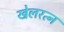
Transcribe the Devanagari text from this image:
खेलरत्‍न